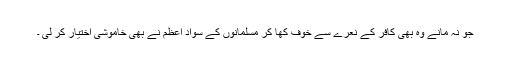
ْْجو نہ مانے وہ بھی کافر ٌکے نعرے سے خوف کھا کر مسلمانوں کے سواد اعظم نے بھی خاموشی اختیار کر لی ۔